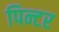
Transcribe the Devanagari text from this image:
पिन्टर